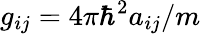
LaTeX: g_{ij}=4\pi\hbar^{2}a_{ij}/m